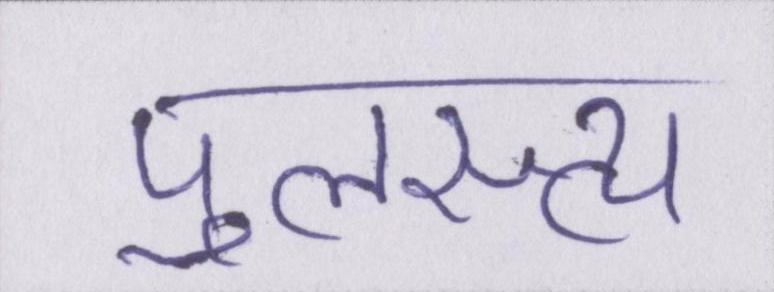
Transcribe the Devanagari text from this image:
पुलस्त्य